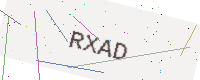
Text: RXAD